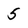
Character: 5